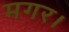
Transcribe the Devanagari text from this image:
मगर।